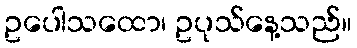
ဥပေါသထော၊ ဥပုသ်နေ့သည်။